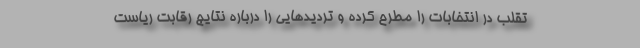
تقلب در انتخابات را مطرح کرده و تردیدهایی را درباره نتایج رقابت ریاست